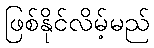
ဖြစ်နိုင်လိမ့်မည်